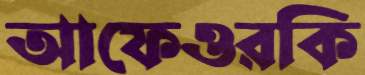
আফেওরকি